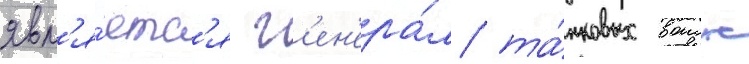
явл'я́етс'я г'ен'ера́л та́нковых воиск